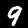
Label: 9